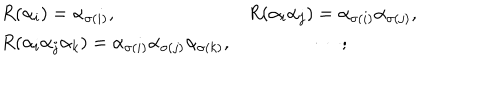
\begin{array} { l c } { { R ( \alpha _ { i } ) = \alpha _ { \sigma ( i ) } , } } & { { R ( \alpha _ { i } \alpha _ { j } ) = \alpha _ { \sigma ( i ) } \alpha _ { \sigma ( j ) } , } } \\ { { R ( \alpha _ { i } \alpha _ { j } \alpha _ { k } ) = \alpha _ { \sigma ( i ) } \alpha _ { \sigma ( j ) } \alpha _ { \sigma ( k ) } , } } & { { \cdots ; } } \\ \end{array}